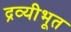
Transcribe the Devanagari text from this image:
द्रव्यीभूत